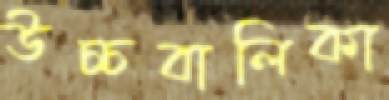
উচ্চবালিকা